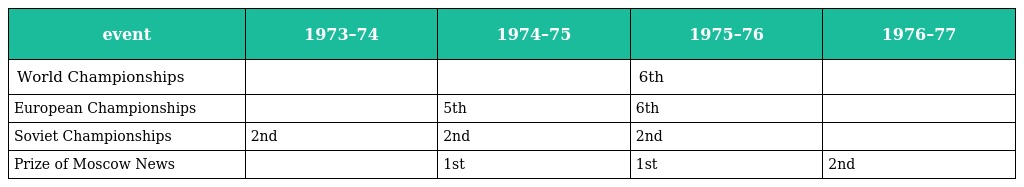
| event | 1973–74 | 1974–75 | 1975–76 | 1976–77 |
 | --- | --- | --- | --- | --- |
 | World Championships |  |  | 6th |  |
 | European Championships |  | 5th | 6th |  |
 | Soviet Championships | 2nd | 2nd | 2nd |  |
 | Prize of Moscow News |  | 1st | 1st | 2nd |